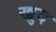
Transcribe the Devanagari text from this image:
ख्रुद